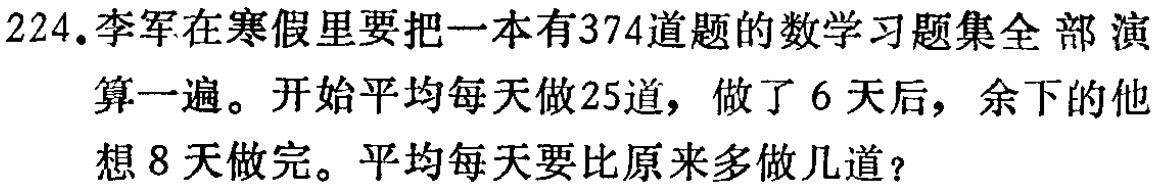
224.李军在寒假里要把一本有374道题的数学习题集全 部 演
算一遍。开始平均每天做25道，做了6天后，余下的他
想8天做完。平均每天要比原来多做几道？